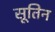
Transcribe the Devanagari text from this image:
सूतिन